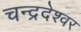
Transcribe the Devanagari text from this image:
चन्द्रदेश्वर